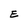
Character: E